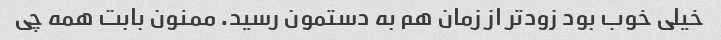
خیلی خوب بود زود‌تر از زمان هم به دستمون رسید. ممنون بابت همه چی